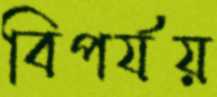
বিপর্যয়